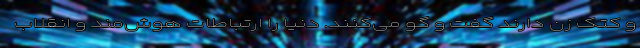
و کتک زن دارند گفت و گو می‌کنند. دنیا را ارتباطات هوش‌مند و انقلاب